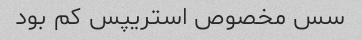
سس مخصوص استریپس کم بود